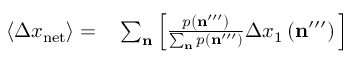
\begin{array} { r l } { \left\langle \Delta x _ { \mathrm { n e t } } \right\rangle = } & { { } \sum _ { \mathbf { n } } \Big [ \frac { p \left( \mathbf { n } ^ { \prime \prime \prime } \right) } { \sum _ { \mathbf { n } } p \left( \mathbf { n } ^ { \prime \prime \prime } \right) } \Delta x _ { 1 } \left( \mathbf { n } ^ { \prime \prime \prime } \right) \Big ] } \end{array}